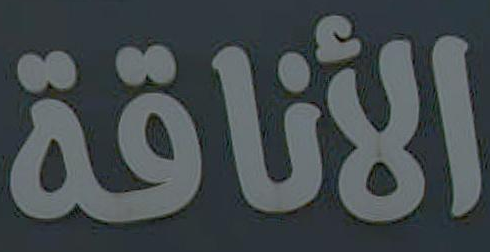
الأناقة